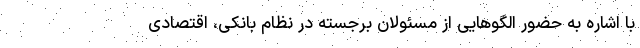
با اشاره به حضور الگوهایی از مسئولان برجسته در نظام بانکی، اقتصادی